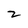
Character: 2